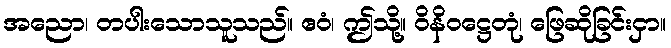
အညော၊ တပါးသောသူသည်။ ဧဝံ၊ ဤသို့။ ဝိနိဝဋ္ဌေတုံ၊ ဖြေဆိုခြင်းငှာ။